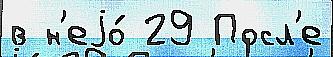
в н'еjо́ 29 Посл'е